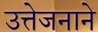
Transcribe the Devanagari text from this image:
उत्तेजनाने